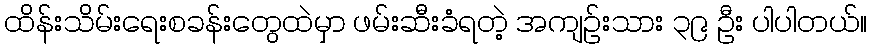
ထိန်းသိမ်းရေးစခန်းတွေထဲမှာ ဖမ်းဆီးခံရတဲ့ အကျဉ်းသား ၃၉ ဦး ပါပါတယ်။